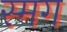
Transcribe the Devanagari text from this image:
स्मग